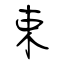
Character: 束